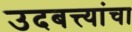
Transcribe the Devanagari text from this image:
उदबत्त्यांचा